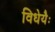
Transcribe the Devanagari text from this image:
विधेयैः